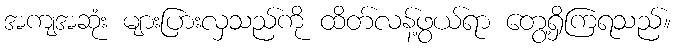
အကျအဆုံး များပြားလှသည်ကို ထိတ်လန့်ဖွယ်ရာ တွေ့ရှိကြရသည်။